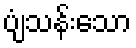
ပျံသန်းသော